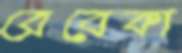
রেবেকা